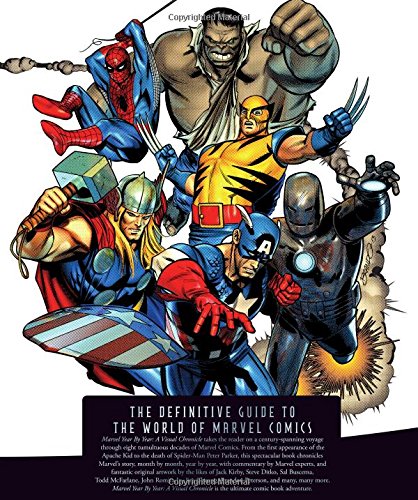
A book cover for Marvel Year by Year; Peter Sanderson; Comics & Graphic Novels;